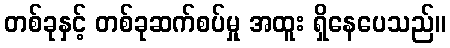
တစ်ခုနှင့် တစ်ခုဆက်စပ်မှု အထူး ရှိနေပေသည်။